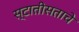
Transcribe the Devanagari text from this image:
स्टातीसताचे